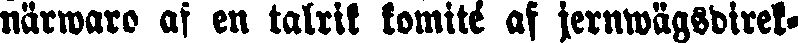
närwaro af en talrik komité af jernwägsdirek-